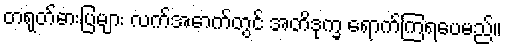
တရုတ်ဓားပြများ လက်အောက်တွင် အတိဒုက္ခ ရောက်ကြရပေမည်။